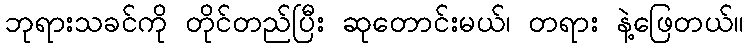
ဘုရားသခင်ကို တိုင်တည်ပြီး ဆုတောင်းမယ်၊ တရား နဲ့ဖြေတယ်။